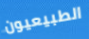
الطبيعيون